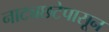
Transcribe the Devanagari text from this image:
नाट्यछटेपासून